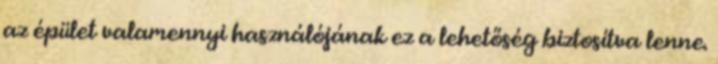
az épület valamennyi használójának ez a lehetőség biztosítva lenne.